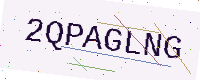
Text: 2QPAGLNG